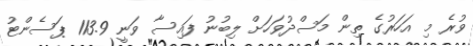
ވުރެ މި އަހަރުގެ ތިން މަސްދުވަހަށް ލިބުނު ފައިސާ ވަނީ 113.9 ޕަސެންޓު